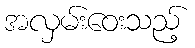
အလှမ်းဝေးသည့်